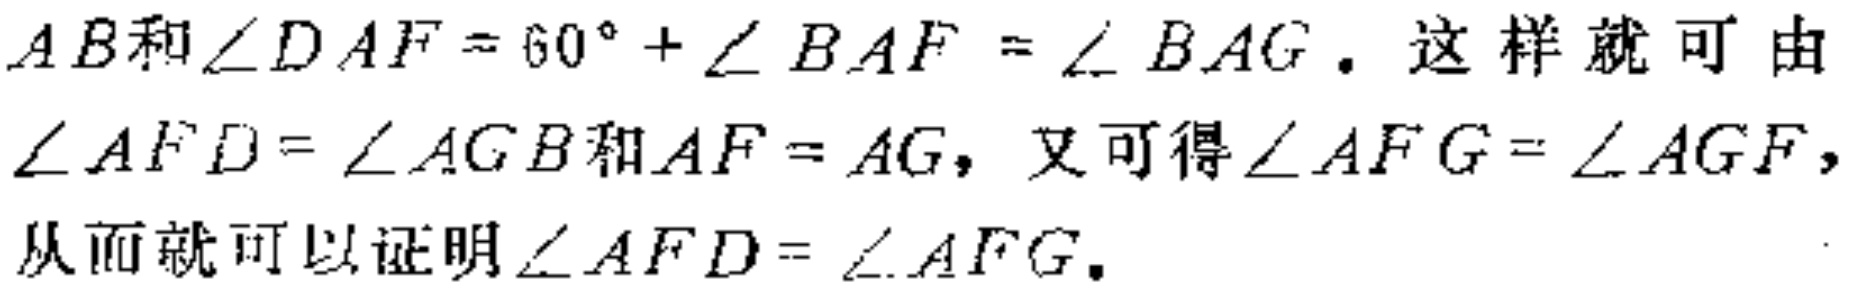
$AB和\angle DAF = 60^{\circ}+\angle BAF=\angle BAG. 这样就可由\angle AFD=\angle AGB和AF = AG，又可得\angle AFG=\angle AGF，从而就可以证明\angle AFD=\angle AFG.$